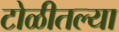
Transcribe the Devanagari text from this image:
टोळीतल्या